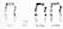
0.00